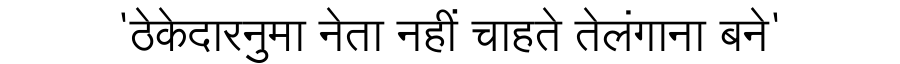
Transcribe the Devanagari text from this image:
'ठेकेदारनुमा नेता नहीं चाहते तेलंगाना बने'